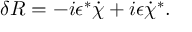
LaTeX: \delta R = - i \epsilon ^ { * } \dot { \chi } + i \epsilon \dot { \chi } ^ { * } .